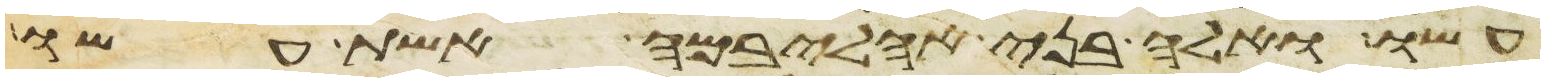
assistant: עשו ואלה בני אהליבמה אשת עשו